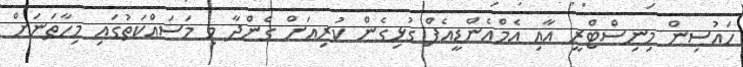
ހައުސިން މިނިސްޓްރީ އާއި އެމްއެންޑީއެފް ގުޅިގެން ކުރިއަށް ގެންދާ މި މަސައްކަތުގައި މިހާތަނަށް